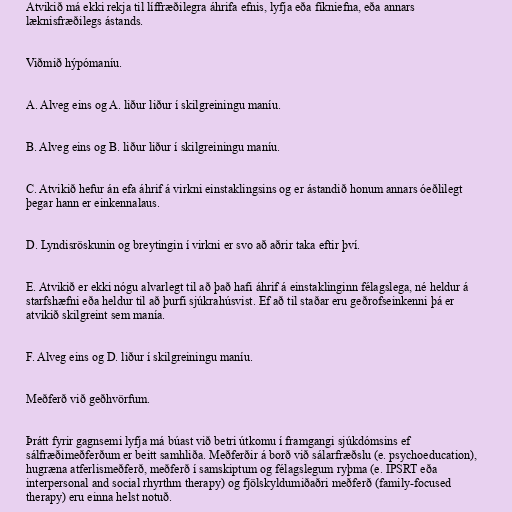
Atvikið má ekki rekja til líffræðilegra áhrifa efnis, lyfja eða fíkniefna, eða annars
læknisfræðilegs ástands.

Viðmið hýpómaníu.

A. Alveg eins og A. liður liður í skilgreiningu maníu.

B. Alveg eins og B. liður liður í skilgreiningu maníu.

C. Atvikið hefur án efa áhrif á virkni einstaklingsins og er ástandið honum annars óeðlilegt
þegar hann er einkennalaus.

D. Lyndisröskunin og breytingin í virkni er svo að aðrir taka eftir því.

E. Atvikið er ekki nógu alvarlegt til að það hafi áhrif á einstaklinginn félagslega, né heldur á
starfshæfni eða heldur til að þurfi sjúkrahúsvist. Ef að til staðar eru geðrofseinkenni þá er
atvikið skilgreint sem manía.

F. Alveg eins og D. liður í skilgreiningu maníu.

Meðferð við geðhvörfum.

Þrátt fyrir gagnsemi lyfja má búast við betri útkomu í framgangi sjúkdómsins ef
sálfræðimeðferðum er beitt samhliða. Meðferðir á borð við sálarfræðslu (e. psychoeducation),
hugræna atferlismeðferð, meðferð í samskiptum og félagslegum ryþma (e. IPSRT eða
interpersonal and social rhyrthm therapy) og fjölskyldumiðaðri meðferð (family-focused
therapy) eru einna helst notuð.